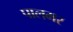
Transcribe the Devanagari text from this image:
पालमर